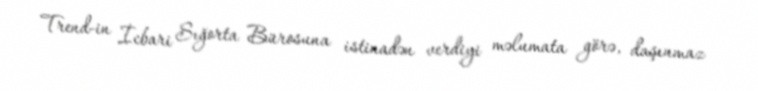
Trend-in İcbari Sığorta Bürosuna istinadən verdiyi məlumata görə, daşınmaz